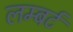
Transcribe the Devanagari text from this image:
लम्बर्ट